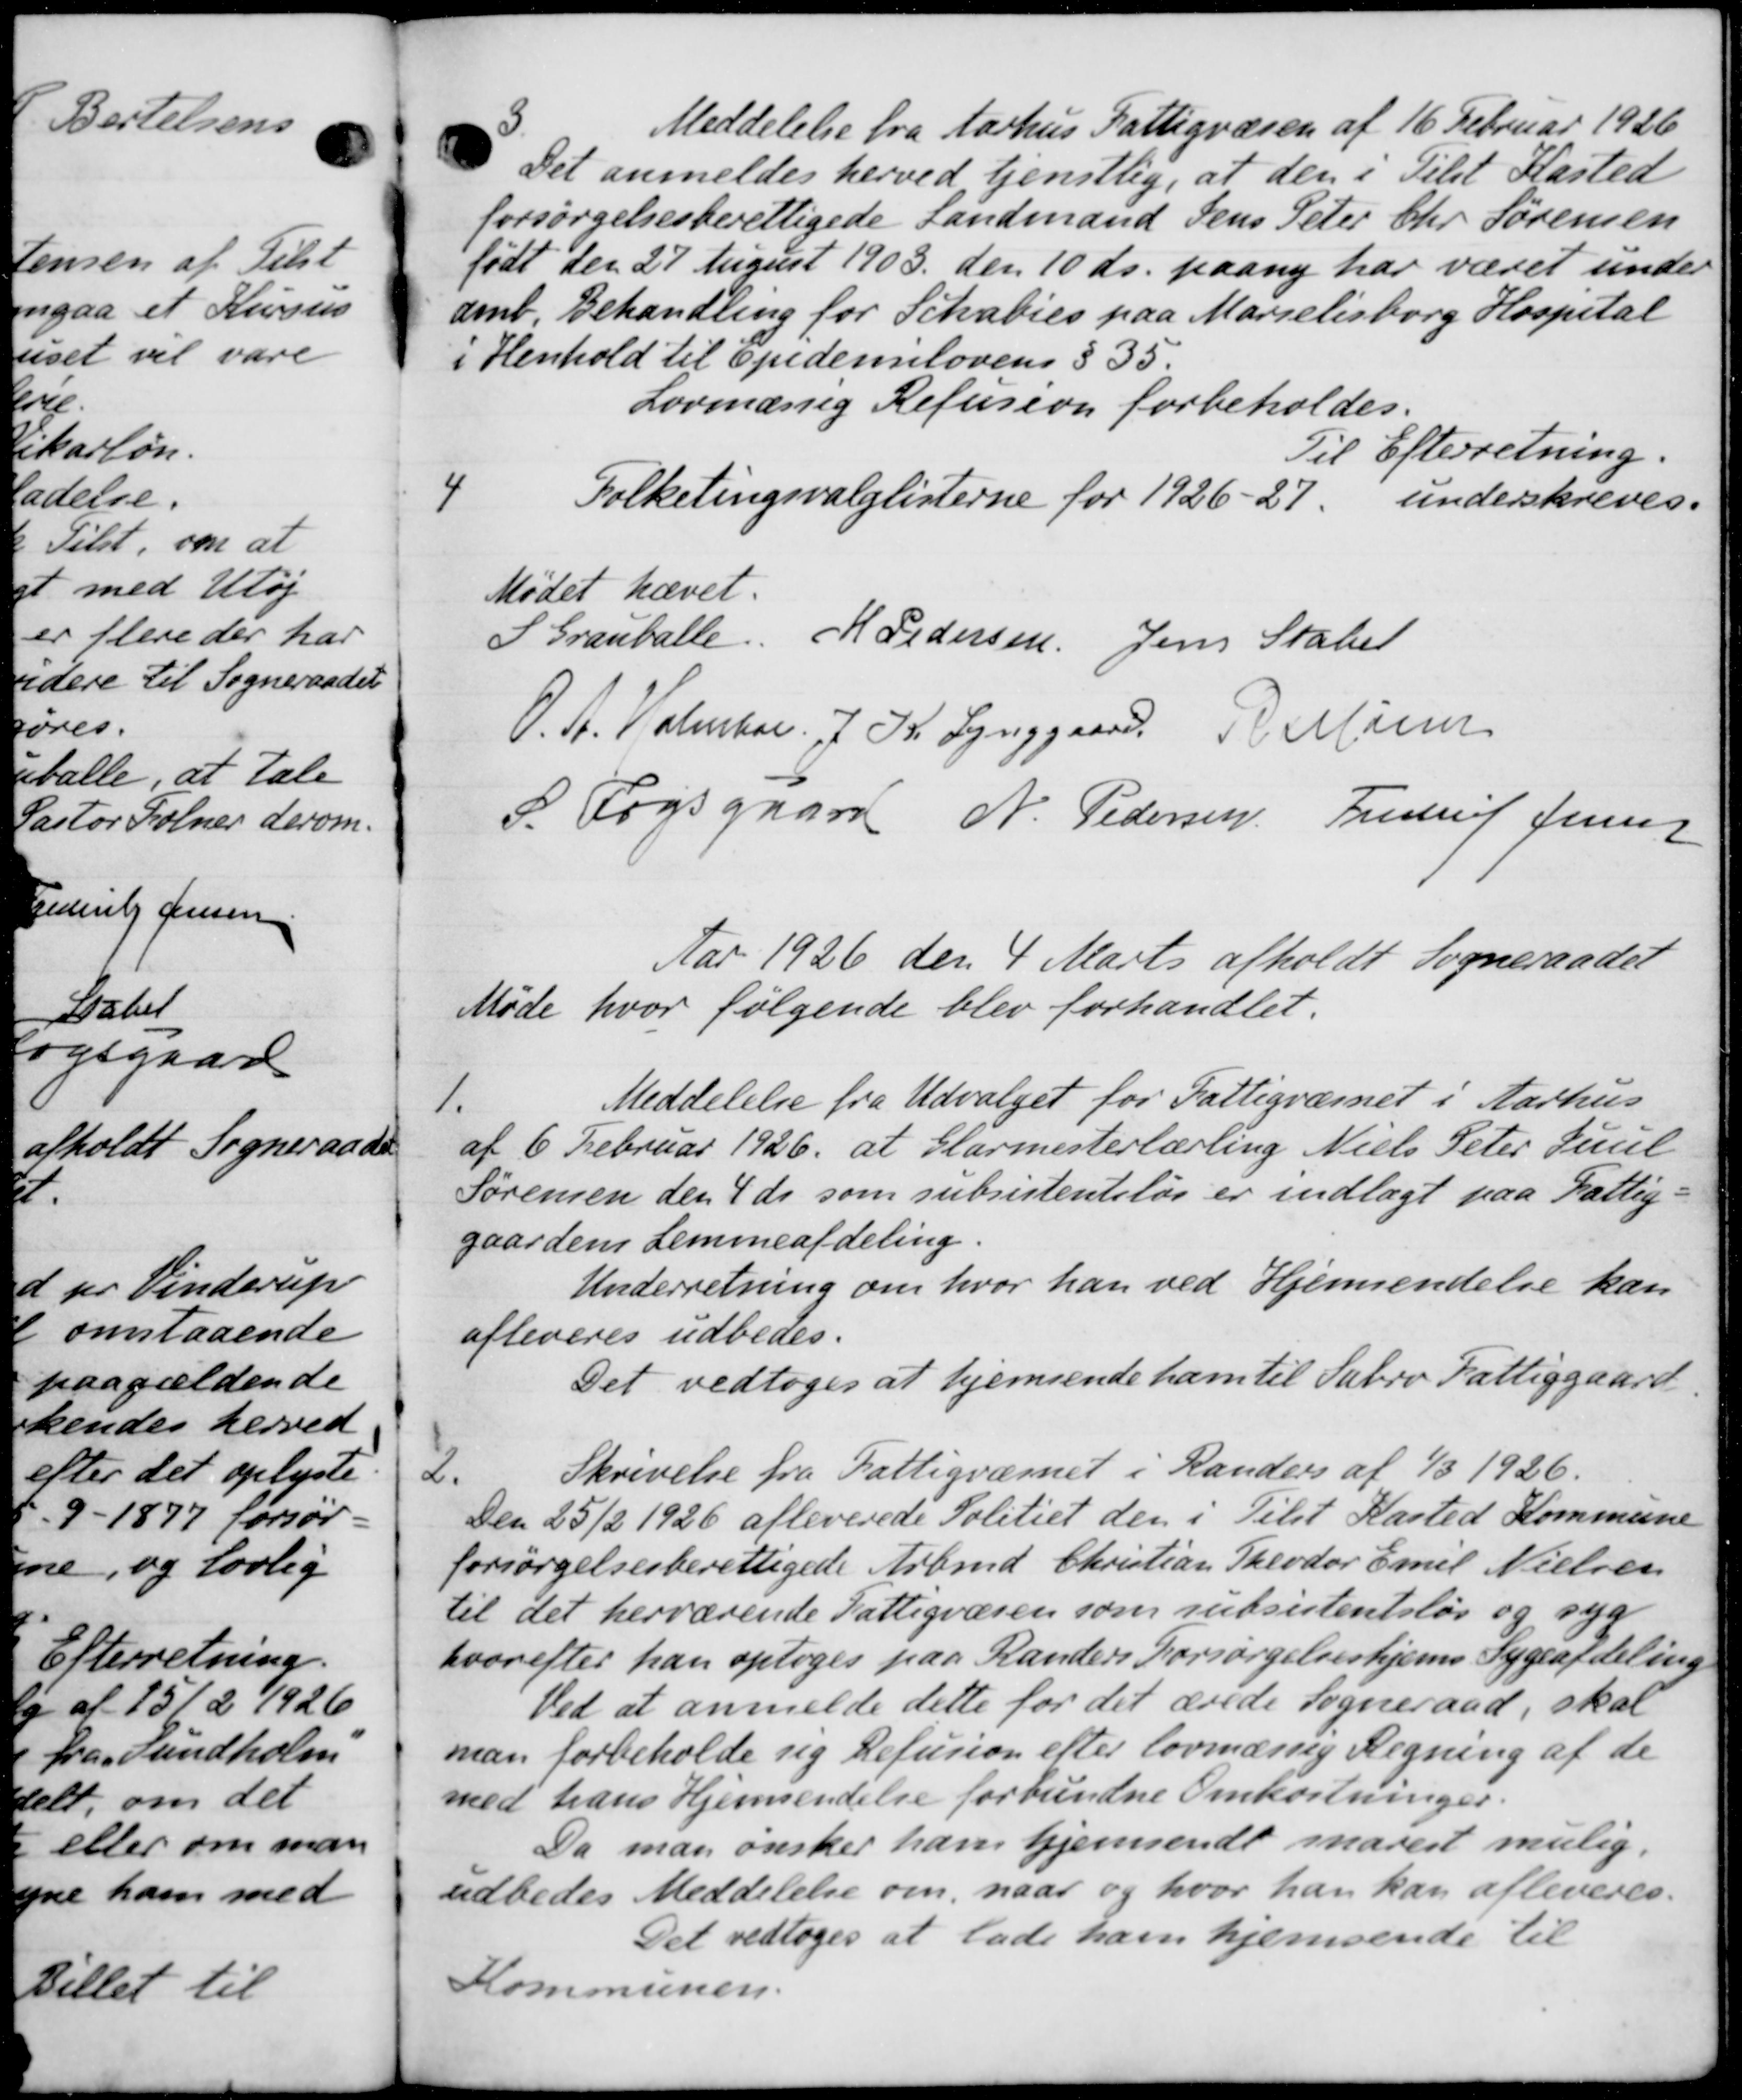
Transskription:
3.
Meddelelse fra Aarhus Fattigvæsen af 16 Februar 1926
Det anmeldes herved tjenstlig, at den i Tilst Kasted
forsørgelsesberettigede Landmand Jens Peter Chr Sørensen
født den 27 August 1903 den 10 ds. paany har været under
amb. Behandling for Schalies paa Marielisborg Hospital
i Henhold til Epidemilovens § 35.
Lovmæssig Refusion forbeholdes.
Til Efterretning.
4
Folketingsvalglisterne for 1926-27, underskreves.
Mødet hævet.
S Granballe. M Pedersen Jens Stabel
O. A. Valgkor 7 Kr. Lynggaard R Mine
P Fogsgaard N. Pedersen, Freder Jensen
Aar 1926 den 4 Marts afholdt Sogneraadet
Møde hvor følgende blev forhandlet.
1.
Meddelelse fra Udvalget for Fattigvæsnet i Aarhus
af 6 Februar 1926, at Glarmesterlærling Niels Peter Juul
Sørensen den 4 ds som subsistentsløs er indlagt paa Fattig-
gaardens Lemmeafdeling.
Underretning om hvor han ved Hjemsendelse kan
afleveres udbedes.
Det vedtoges at hjemsende ham til Sabro Fattiggaard
2.
Skrivelse fra Fattigvæsnet i Randers af 1/3 1926.
Den 25/2 1926 afleverede Politiet den i Tilst Kasted Kommune
forsørgelsesberettigede Arbmd. Christian Theodor Emil Nielsen
til det herværende Fattigvæsen som subsistentsløs og syg
hvorefter han optoges paa Randers Forsørgelseshjems Sygeafdeling
Ved at anmelde dette for det ærede Sogneraad, skal
man forbeholde sig Refusion efter lovmæssig Regning af de
med hans Hjemsendelse forbundne Omkostninger.
Da man ønsker ham hjemsendt snarest mulig.
udbedes Meddelelse om, naar og hvor han kan afleveres.
Det vedtoges at lade ham hjemsende til
Kommunen.